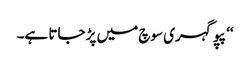
‘‘ پپو گہری سوچ میں پڑ جاتا ہے۔